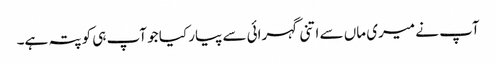
آپ نے میری ماں سے اتنی گہرائی سے پیار کیا جو آپ ہی کو پتہ ہے۔